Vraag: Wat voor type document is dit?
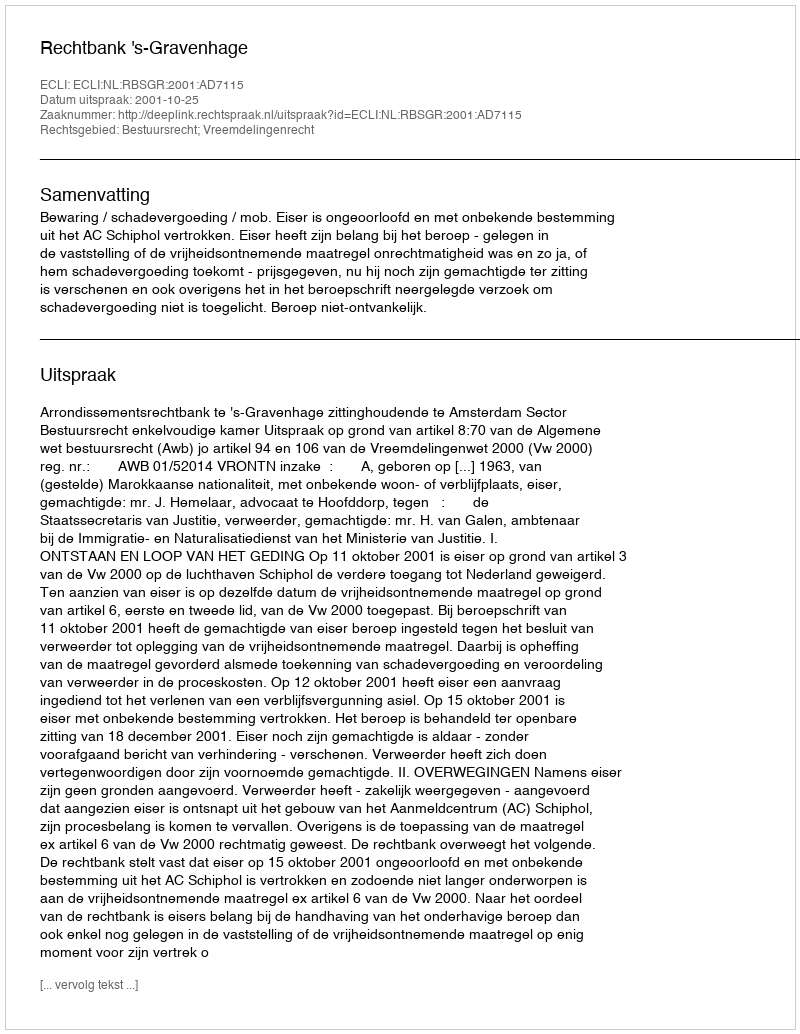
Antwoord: Uitspraak